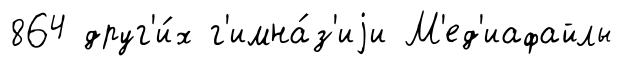
864 друг'и́х г'имна́з'иjи М'ед'иафайлы